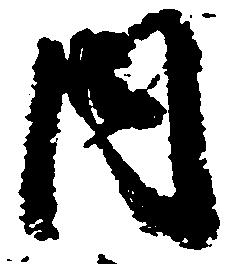
内